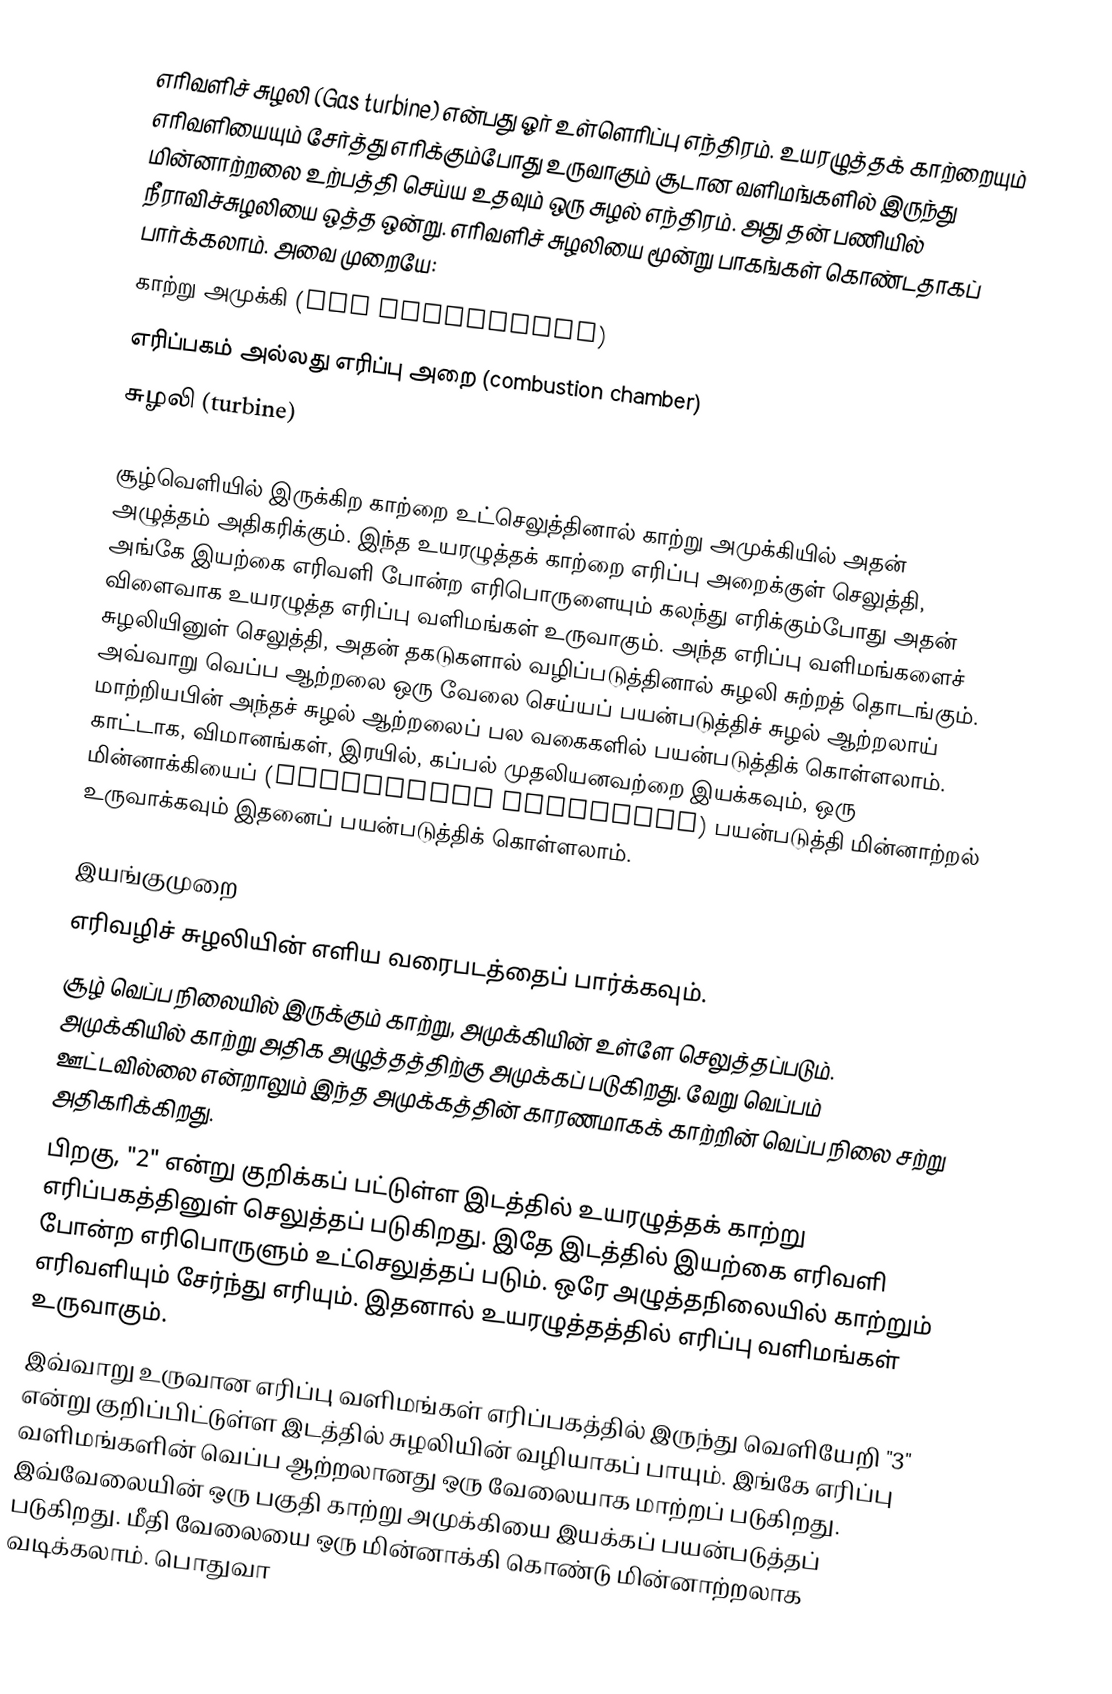
எரிவளிச் சுழலி (Gas turbine) என்பது ஓர் உள்ளெரிப்பு எந்திரம். உயரழுத்தக் காற்றையும் எரிவளியையும் சேர்த்து எரிக்கும்போது உருவாகும் சூடான வளிமங்களில் இருந்து மின்னாற்றலை உற்பத்தி செய்ய உதவும் ஒரு சுழல் எந்திரம். அது தன் பணியில் நீராவிச்சுழலியை ஒத்த ஒன்று. எரிவளிச் சுழலியை மூன்று பாகங்கள் கொண்டதாகப் பார்க்கலாம். அவை முறையே:
 காற்று அமுக்கி (air compressor)
 எரிப்பகம் அல்லது எரிப்பு அறை (combustion chamber)
 சுழலி (turbine)

சூழ்வெளியில் இருக்கிற காற்றை உட்செலுத்தினால் காற்று அமுக்கியில் அதன் அழுத்தம் அதிகரிக்கும். இந்த உயரழுத்தக் காற்றை எரிப்பு அறைக்குள் செலுத்தி, அங்கே இயற்கை எரிவளி போன்ற எரிபொருளையும் கலந்து எரிக்கும்போது அதன் விளைவாக உயரழுத்த எரிப்பு வளிமங்கள் உருவாகும். அந்த எரிப்பு வளிமங்களைச் சுழலியினுள் செலுத்தி, அதன் தகடுகளால் வழிப்படுத்தினால் சுழலி சுற்றத் தொடங்கும். அவ்வாறு வெப்ப ஆற்றலை ஒரு வேலை செய்யப் பயன்படுத்திச் சுழல் ஆற்றலாய் மாற்றியபின் அந்தச் சுழல் ஆற்றலைப் பல வகைகளில் பயன்படுத்திக் கொள்ளலாம். காட்டாக, விமானங்கள், இரயில், கப்பல் முதலியனவற்றை இயக்கவும், ஒரு மின்னாக்கியைப் (electrical generator) பயன்படுத்தி மின்னாற்றல் உருவாக்கவும் இதனைப் பயன்படுத்திக் கொள்ளலாம்.

இயங்குமுறை
எரிவழிச் சுழலியின் எளிய வரைபடத்தைப் பார்க்கவும்.
 சூழ் வெப்ப நிலையில் இருக்கும் காற்று, அமுக்கியின் உள்ளே செலுத்தப்படும். அமுக்கியில் காற்று அதிக அழுத்தத்திற்கு அமுக்கப் படுகிறது. வேறு வெப்பம் ஊட்டவில்லை என்றாலும் இந்த அமுக்கத்தின் காரணமாகக் காற்றின் வெப்ப நிலை சற்று அதிகரிக்கிறது.
 பிறகு, "2" என்று குறிக்கப் பட்டுள்ள இடத்தில் உயரழுத்தக் காற்று எரிப்பகத்தினுள் செலுத்தப் படுகிறது. இதே இடத்தில் இயற்கை எரிவளி போன்ற எரிபொருளும் உட்செலுத்தப் படும். ஒரே அழுத்தநிலையில் காற்றும் எரிவளியும் சேர்ந்து எரியும். இதனால் உயரழுத்தத்தில் எரிப்பு வளிமங்கள் உருவாகும்.
 இவ்வாறு உருவான எரிப்பு வளிமங்கள் எரிப்பகத்தில் இருந்து வெளியேறி "3" என்று குறிப்பிட்டுள்ள இடத்தில் சுழலியின் வழியாகப் பாயும். இங்கே எரிப்பு வளிமங்களின் வெப்ப ஆற்றலானது ஒரு வேலையாக மாற்றப் படுகிறது. இவ்வேலையின் ஒரு பகுதி காற்று அமுக்கியை இயக்கப் பயன்படுத்தப் படுகிறது. மீதி வேலையை ஒரு மின்னாக்கி கொண்டு மின்னாற்றலாக வடிக்கலாம். பொதுவா